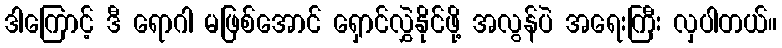
ဒါကြောင့် ဒီ ရောဂါ မဖြစ်အောင် ရှောင်လွှဲနိုင်ဖို့ အလွန်ပဲ အရေးကြီး လှပါတယ်။